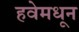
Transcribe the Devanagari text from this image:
हवेमधून